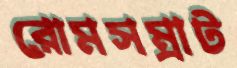
রোমসম্রাট